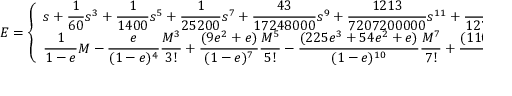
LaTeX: E = { \left\{ \begin{array} { l l } { \displaystyle s + { \frac { 1 } { 6 0 } } s ^ { 3 } + { \frac { 1 } { 1 4 0 0 } } s ^ { 5 } + { \frac { 1 } { 2 5 2 0 0 } } s ^ { 7 } + { \frac { 4 3 } { 1 7 2 4 8 0 0 0 } } s ^ { 9 } + { \frac { 1 2 1 3 } { 7 2 0 7 2 0 0 0 0 0 } } s ^ { 1 1 } + { \frac { 1 5 1 4 3 9 } { 1 2 7 1 3 5 0 0 8 0 0 0 0 0 } } s ^ { 1 3 } + \cdots { \mathrm { ~ w i t h ~ } } s = ( 6 M ) ^ { 1 / 3 } , } & { e = 1 } \\ { \displaystyle { \frac { 1 } { 1 - e } } M - { \frac { e } { ( 1 - e ) ^ { 4 } } } { \frac { M ^ { 3 } } { 3 ! } } + { \frac { ( 9 e ^ { 2 } + e ) } { ( 1 - e ) ^ { 7 } } } { \frac { M ^ { 5 } } { 5 ! } } - { \frac { ( 2 2 5 e ^ { 3 } + 5 4 e ^ { 2 } + e ) } { ( 1 - e ) ^ { 1 0 } } } { \frac { M ^ { 7 } } { 7 ! } } + { \frac { ( 1 1 0 2 5 e ^ { 4 } + 4 1 3 1 e ^ { 3 } + 2 4 3 e ^ { 2 } + e ) } { ( 1 - e ) ^ { 1 3 } } } { \frac { M ^ { 9 } } { 9 ! } } + \cdots , } & { e \neq 1 } \end{array} \right. }